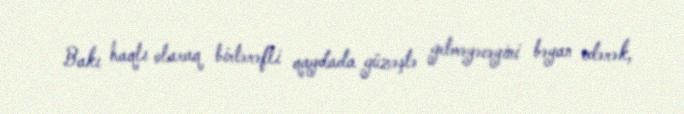
Bakı haqlı olaraq birtərəfli qaydada güzəştə getməyəcəyini bəyan edərək,